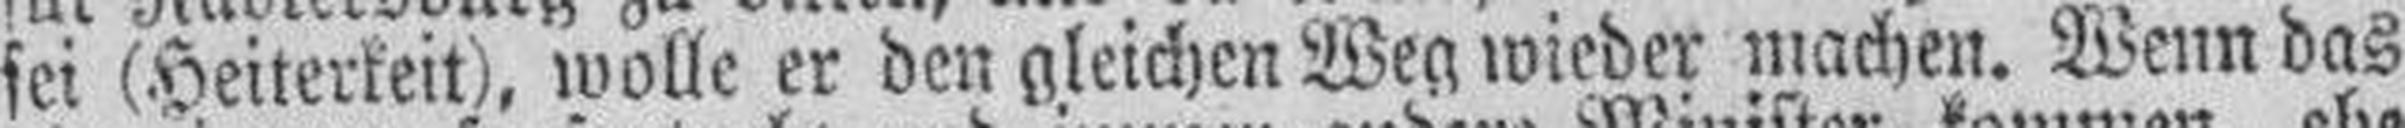
sei (Heiterkeit), wolle er den gleichen Weg wieder machen. Wenn das